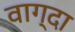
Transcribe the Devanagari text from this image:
वाग्दा